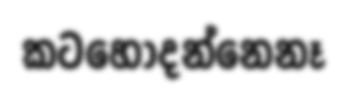
කටහෝදන්නෙනෑ